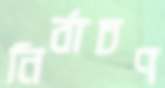
নির্বাচণ